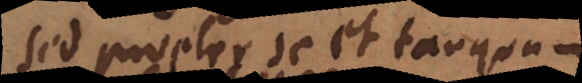
sed propter se et tanquam